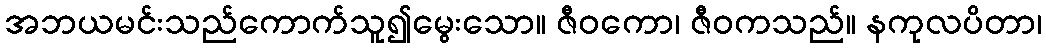
အဘယမင်းသည်ကောက်သူ၍မွေးသော။ ဇီဝကော၊ ဇီဝကသည်။ နကုလပိတာ၊